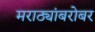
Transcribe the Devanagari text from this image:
मराठ्यांबरोबर